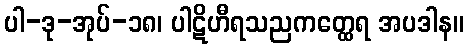
ပါ-ဒု-အုပ်-၁၈၊ ပါဋိဟီရသညကတ္ထေရ အပဒါန။